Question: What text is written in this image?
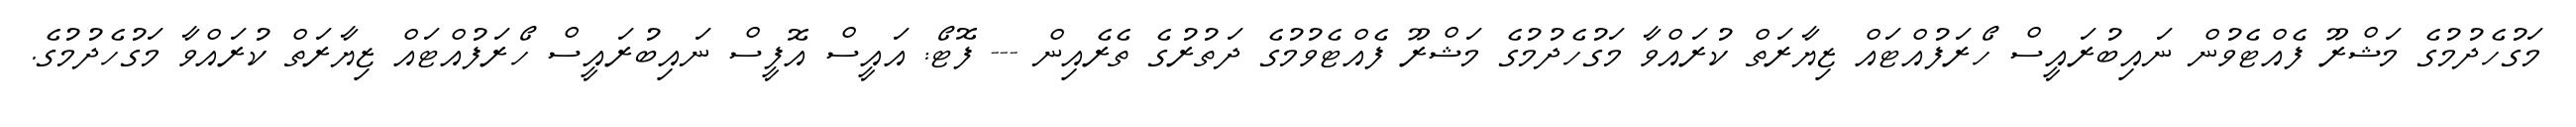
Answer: މަގުހެދުމުގެ މަޝްރޫ ފެއްޓެވުން ނައިބުރައީސް ހޯރަފުއްޓައް ޒިޔާރަތް ކުރައްވާ މަގުހެދުމުގެ މަޝްރޫ ފެއްޓެވުމުގެ ދަތުރުގެ ތެރެއިން --- ފޮޓޯ: އައީސް އޮފީސް ނައިބުރައީސް ހޯރަފުއްޓައް ޒިޔާރަތް ކުރައްވާ މަގުހެދުމުގެ.